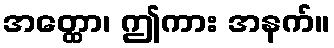
အတ္ထော၊ ဤကား အနက်။